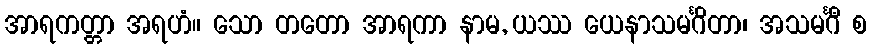
အာရကတ္တာ အရဟံ။ သော တတော အာရကာ နာမ, ယဿ ယေနာသမင်္ဂိတာ၊ အသမင်္ဂီ စ